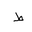
Letter: _da